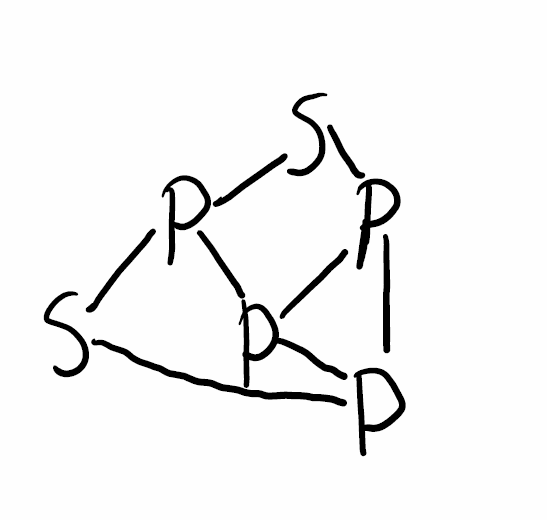
Simplified molecular-input line-entry system (SMILES) notation of the given molecule:
P12P3P1SP2S3